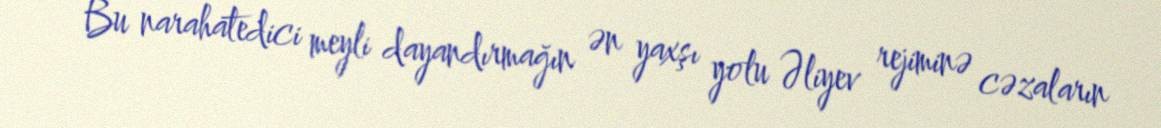
Bu narahatedici meyli dayandırmağın ən yaxşı yolu Əliyev rejiminə cəzaların